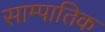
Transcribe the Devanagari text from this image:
साम्पातिक